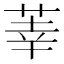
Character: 𫈐